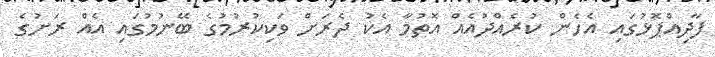
ފާދިއްޕޮޅުގައި އެހެން ކުރެއްދުއެއް އޮތުމާ އެކު ދެރަށް ވަކިކުރުމުގެ ބޭނުމުގައި އެއް ރަށުގެ